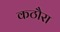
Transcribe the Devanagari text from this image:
कठौरा